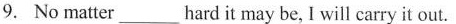
9. No matter ___ hard it may be, I will carry it out.